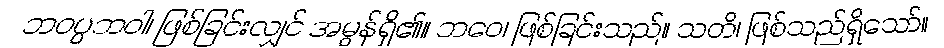
ဘဝပ္ပဘဝါ၊ ဖြစ်ခြင်းလျှင် အမွန်ရှိ၏။ ဘဝေ၊ ဖြစ်ခြင်းသည်။ သတိ၊ ဖြစ်သည်ရှိသော်။